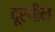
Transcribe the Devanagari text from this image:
दूरपीन